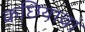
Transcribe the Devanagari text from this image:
कछियावां